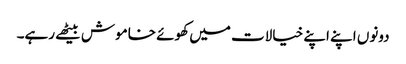
دونوں اپنے اپنے خیالات میں کھوئے خاموش بیٹھے رہے۔